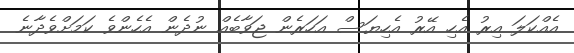
އެއްކަލަ އިރު އެހި އޭރު އެހިޔަސް އަހަރެން ޖަވާބެއް ނުދެން އެހެންވެ ކަމަށްވެދާނެ